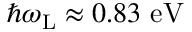
\hbar \omega _ { \mathrm { L } } \approx 0 . 8 3 ~ \mathrm { e V }